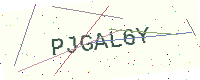
Text: PJGAL6Y